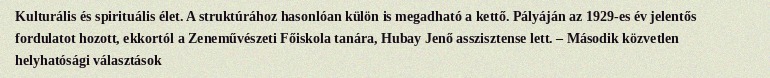
Kulturális és spirituális élet. A struktúrához hasonlóan külön is megadható a kettő. Pályáján az 1929-es év jelentős fordulatot hozott, ekkortól a Zeneművészeti Főiskola tanára, Hubay Jenő asszisztense lett. – Második közvetlen helyhatósági választások